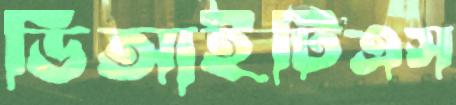
ডিআইটিএস